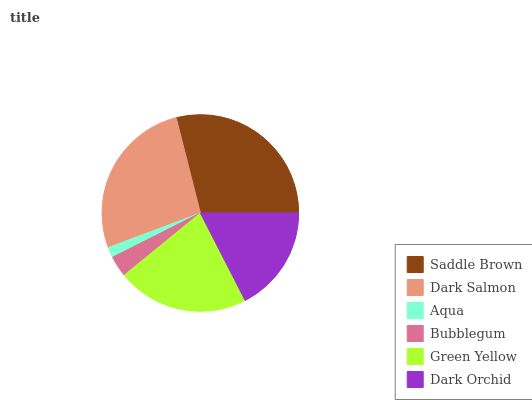
| Saddle Brown | Dark Salmon | Aqua | Bubblegum | Green Yellow | Dark Orchid |
 | --- | --- | --- | --- | --- | --- |
 | 29% | 26.7% | 1.7% | 3.47% | 21.6% | 17.5% |